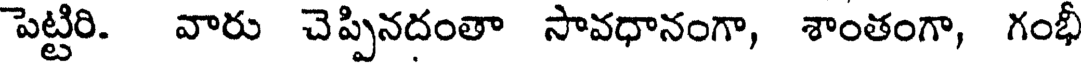
పెట్టిరి. వారు చెప్పినదంతా సావధానంగా, శాంతంగా, గంభీ